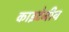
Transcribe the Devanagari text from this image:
काइटेनीय